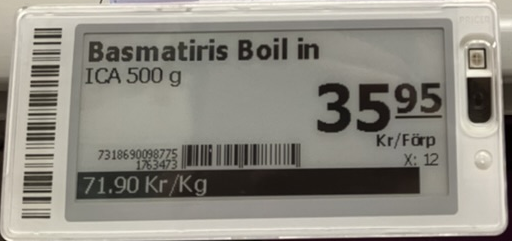
Vara: Basmatiris Boil in
Genomsnittspris: 71.9 per kg